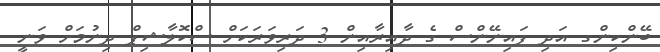
ބޭންކިންގ އަދި ފައިނޭންސް ގެ ދާއިރާއިން 3 ދަރިވަރަކަށް ސްކޮލާޝިޕް ދިނުމަށް ވަނީ